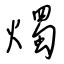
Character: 燭